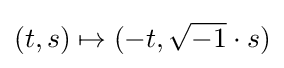
(t,s)\mapsto (-t,{\sqrt {-1}}\cdot s)